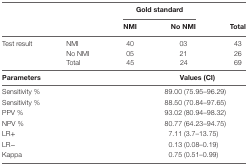
<table><thead><tr><td></td><td></td><td colspan="2"><b>Gold standard</b></td><td></td></tr><tr><td></td><td></td><td><b>NMI</b></td><td><b>No NMI</b></td><td><b>Total</b></td></tr></thead><tbody><tr><td rowspan="3">Test result</td><td>NMI</td><td>40</td><td>03</td><td>43</td></tr><tr><td>No NMI</td><td>05</td><td>21</td><td>26</td></tr><tr><td>Total</td><td>45</td><td>24</td><td>69</td></tr><tr><td colspan="2"><b>Parameters</b></td><td colspan="3"><b>Values (CI)</b></td></tr><tr><td colspan="2">Sensitivity %</td><td colspan="3">89.00 (75.95–96.29)</td></tr><tr><td colspan="2">Sensitivity %</td><td colspan="3">88.50 (70.84–97.65)</td></tr><tr><td colspan="2">PPV %</td><td colspan="3">93.02 (80.94–98.32)</td></tr><tr><td colspan="2">NPV %</td><td colspan="3">80.77 (64.23–94.75)</td></tr><tr><td colspan="2">LR+</td><td colspan="3">7.11 (3.7–13.75)</td></tr><tr><td colspan="2">LR−</td><td colspan="3">0.13 (0.08–0.19)</td></tr><tr><td colspan="2">Kappa</td><td colspan="3">0.75 (0.51–0.99)</td></tr></tbody></table>